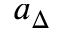
a _ { \Delta }